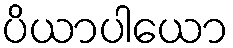
ပိယာပါယော